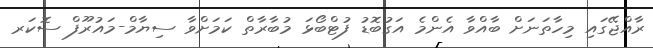
ރާއްޖޭގައި މިހާތަނަށް ބާއްވާ އެންމެ އަގުބޮޑު ފުޓްބޯޅަ މުބާރާތް ކަމަށްވާ ސިޔާމް-މައުރޫފް ސޮކަރ